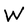
Character: W